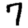
Digit: 7